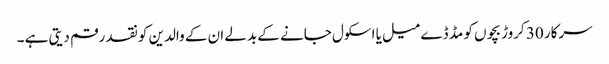
سرکار 30 کروڑ بچوں کو مڈ ڈے میل یا اسکول جانے کے بدلے ان کے والدین کو نقد رقم دیتی ہے ۔